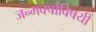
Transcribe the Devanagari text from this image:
जन्मवर्षाविषयी